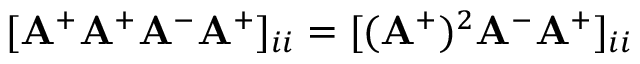
[ \mathbf { A } ^ { + } \mathbf { A } ^ { + } \mathbf { A } ^ { - } \mathbf { A } ^ { + } ] _ { i i } = [ ( \mathbf { A } ^ { + } ) ^ { 2 } \mathbf { A } ^ { - } \mathbf { A } ^ { + } ] _ { i i }